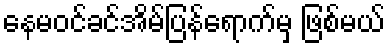
နေမဝင်ခင်အိမ်ပြန်ရောက်မှ ဖြစ်မယ်